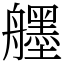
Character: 𦪷